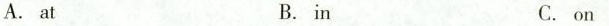
A.at B.in C.on